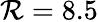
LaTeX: \mathcal{R}=8.5